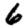
Digit: 6